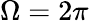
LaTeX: \Omega=2\pi